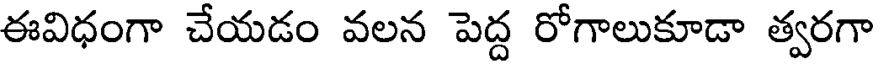
ఈవిధంగా చేయడం వలన పెద్ద రోగాలుకూడా త్వరగా